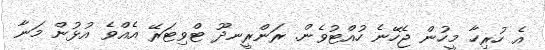
އެ ހުރިހާ މީހުން ޖެހޭނެ ހުއްޓުވެން. ރަންރީނދޫ ޓްވިޓަރޭ އެއްވެ އުޅުން މަނާ